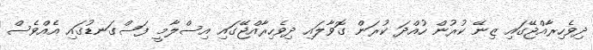
ދިވެހިރާއްޖޭގައި ޒިނޭ ކުރުން ހުއްދަ ކުރަން ގޮވާލައި ދިވެހިރާއްޖޭގައި އިސްލާމީ ފަސްގަނޑުގައި އެއްވެސް